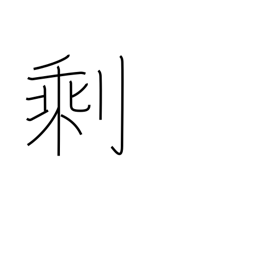
Meaning: residue